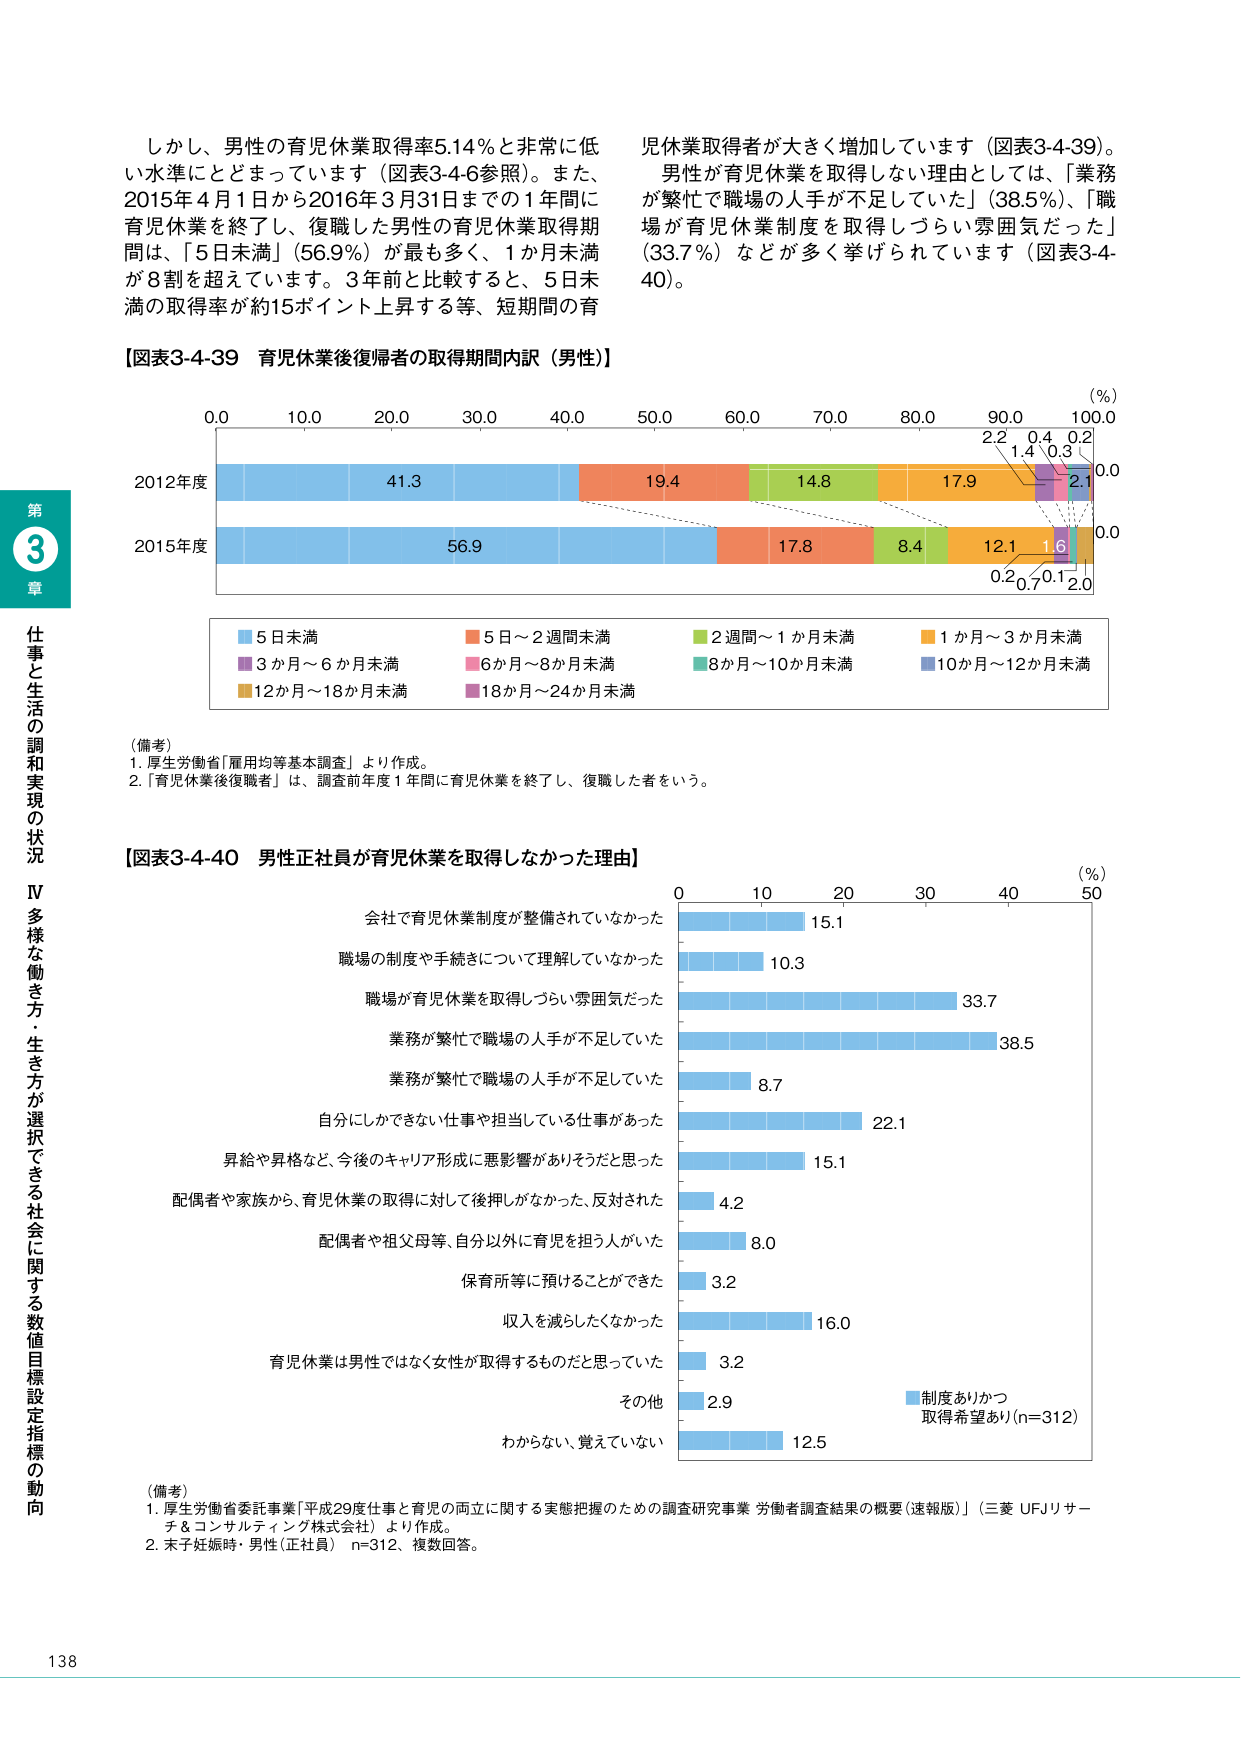
しかし、男性の育児休業取得率5.14％と非常に低い水準にとどまっています（図表3-4-6参照）。また、2015年4月1日から2016年3月31日までの1年間に育児休業を終了し、復職した男性の育児休業取得期間が、「5日未満」（56.9％）が最も多く、1か月未満が8割を超えています。3年前と比較すると、5日未満の取得率が約15ポイント上昇する等、短期間の育児休業取得者が大きく増加しています（図表3-4-39）。

男性が育児休業を取得しない理由としては、「業務が繁忙で職場の人手が不足していた」（38.5％）、「職場が育児休業制度を取得しづらい雰囲気だった」（33.7％）などが多く挙げられています（図表3-4-40）。

【図表3-4-39 育児休業後復帰者の取得期間内訳（男性）】

（％）
0.0 10.0 20.0 30.0 40.0 50.0 60.0 70.0 80.0 90.0 100.0

2012年度
41.3 19.4 14.8 17.9 2.2 0.4 0.2
0.0
2.1
0.3
1.4

2015年度
56.9 17.8 8.4 12.1 1.6 0.2 0.1 0.2
0.0

■ 5日未満
■ 5日～2週間未満
■ 2週間～1か月未満
■ 1か月～3か月未満
■ 3か月～6か月未満
■ 6か月～8か月未満
■ 8か月～10か月未満
■ 10か月～12か月未満
■ 12か月～18か月未満
■ 18か月～24か月未満

（備考）
1. 厚生労働省「雇用均等基本調査」より作成。
2. 「育児休業後復職者」は、調査前年度1年間に育児休業を終了し、復職した者をいう。

【図表3-4-40 男性正社員が育児休業を取得しなかった理由】

（％）
0 10 20 30 40 50

会社で育児休業制度が整備されていなかった 15.1
職場の制度や手続きについて理解していなかった 10.3
職場が育児休業を取得しづらい雰囲気だった 33.7
業務が繁忙で職場の人手が不足していた 38.5
業務が繁忙で職場の人手が不足していた 8.7
自分にしかできない仕事や担当している仕事があった 22.1
昇給や昇格など、今後のキャリア形成に悪影響がありそうだと思った 15.1
配偶者や家族から、育児休業の取得に対して後押しがなかった、反対された 4.2
配偶者や祖父母等、自分以外に育児を担う人がいた 8.0
保育所等に預けることができた 3.2
収入を減らしたくなかった 16.0
育児休業は男性ではなく女性が取得するものだと思っていた 3.2
その他 2.9
わからない、覚えていない 12.5

■ 制度ありかつ取得希望あり（n=312）

（備考）
1. 厚生労働省委託事業「平成29年度仕事と育児の両立に関する実態把握のための調査研究事業 労働者調査結果の概要（速報版）」（三菱UFJリサーチ＆コンサルティング株式会社）より作成。
2. 末子妊娠時・男性（正社員） n=312、複数回答。

第3章 仕事と生活の調和実現の状況
IV 多様な働き方・生き方が選択できる社会に関する数値目標設定指標の動向

138